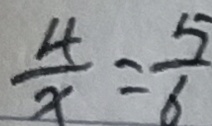
\frac { 4 } { x } = \frac { 5 } { 6 }